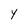
Character: Y